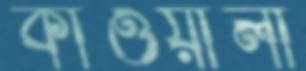
কাওয়ালী